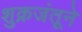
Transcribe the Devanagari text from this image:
शुक्रजंतूने